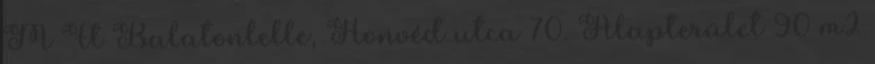
M Ft Balatonlelle, Honvéd utca 70. Alapterület 90 m2